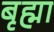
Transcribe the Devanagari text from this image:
बृह्मा